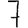
Digit: 7